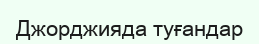
Джорджияда туғандар